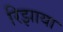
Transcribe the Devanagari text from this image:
रिझाया